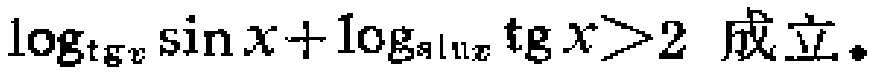
\(\log_{\mathrm{tg}x} \sin x+\log_{\sin x} \mathrm{tg}x>2\) 成立。